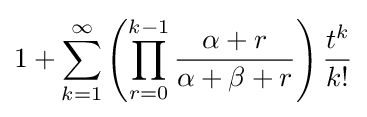
1+\sum _{k=1}^{\infty }\left(\prod _{r=0}^{k-1}{\frac {\alpha +r}{\alpha +\beta +r}}\right){\frac {t^{k}}{k!}}